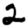
Digit: 2